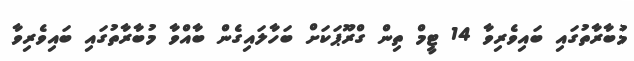
މުބާރާތުގައި ބައިވެރިވާ 14 ޓީމް ތިން ގްރޫޕަކަށް ބަހާލައިގެން ބާއްވާ މުބާރާތުގައި ބައިވެރިވާ